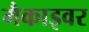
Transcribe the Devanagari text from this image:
मैकाइवर